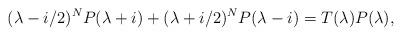
LaTeX: \begin{align*} (\lambda-i/2)^N P(\lambda+i) + (\lambda+i/2)^N P(\lambda-i) = T(\lambda) P(\lambda),\end{align*}